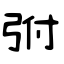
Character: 弣